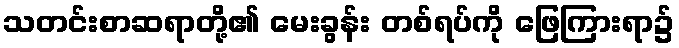
သတင်းစာဆရာတို့၏ မေးခွန်း တစ်ရပ်ကို ဖြေကြားရာ၌